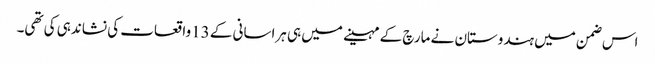
اس ضمن میں ہندوستان نے مارچ کے مہینے میں ہی ہراسانی کے 13واقعات کی نشاندہی کی تھی۔